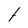
Character: 1